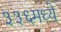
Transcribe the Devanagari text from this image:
३३६मध्ये